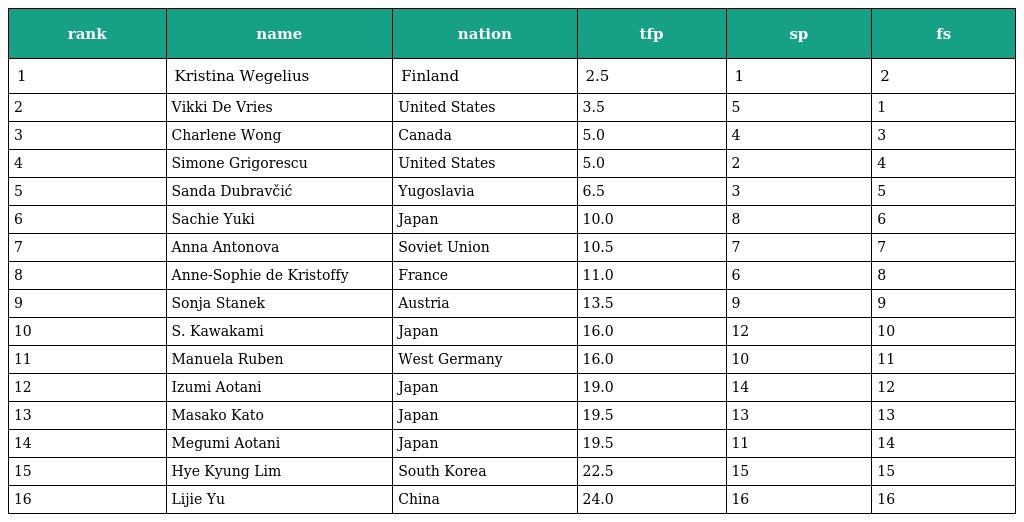
| rank | name | nation | tfp | sp | fs |
 | --- | --- | --- | --- | --- | --- |
 | 1 | Kristina Wegelius | Finland | 2.5 | 1 | 2 |
 | 2 | Vikki De Vries | United States | 3.5 | 5 | 1 |
 | 3 | Charlene Wong | Canada | 5.0 | 4 | 3 |
 | 4 | Simone Grigorescu | United States | 5.0 | 2 | 4 |
 | 5 | Sanda Dubravčić | Yugoslavia | 6.5 | 3 | 5 |
 | 6 | Sachie Yuki | Japan | 10.0 | 8 | 6 |
 | 7 | Anna Antonova | Soviet Union | 10.5 | 7 | 7 |
 | 8 | Anne-Sophie de Kristoffy | France | 11.0 | 6 | 8 |
 | 9 | Sonja Stanek | Austria | 13.5 | 9 | 9 |
 | 10 | S. Kawakami | Japan | 16.0 | 12 | 10 |
 | 11 | Manuela Ruben | West Germany | 16.0 | 10 | 11 |
 | 12 | Izumi Aotani | Japan | 19.0 | 14 | 12 |
 | 13 | Masako Kato | Japan | 19.5 | 13 | 13 |
 | 14 | Megumi Aotani | Japan | 19.5 | 11 | 14 |
 | 15 | Hye Kyung Lim | South Korea | 22.5 | 15 | 15 |
 | 16 | Lijie Yu | China | 24.0 | 16 | 16 |